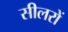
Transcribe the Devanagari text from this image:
सीलरों